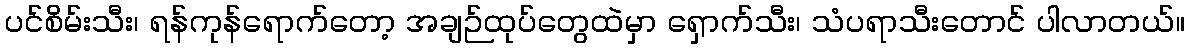
ပင်စိမ်းသီး၊ ရန်ကုန်ရောက်တော့ အချဉ်ထုပ်တွေထဲမှာ ရှောက်သီး၊ သံပရာသီးတောင် ပါလာတယ်။